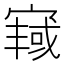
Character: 𫳿